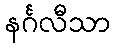
နင်္ဂလီသာ